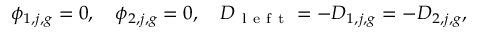
\phi _ { 1 , j , g } = 0 , \quad \phi _ { 2 , j , g } = 0 , \quad D _ { \mathrm { ~ l ~ e ~ f ~ t ~ } } = - D _ { 1 , j , g } = - D _ { 2 , j , g } ,